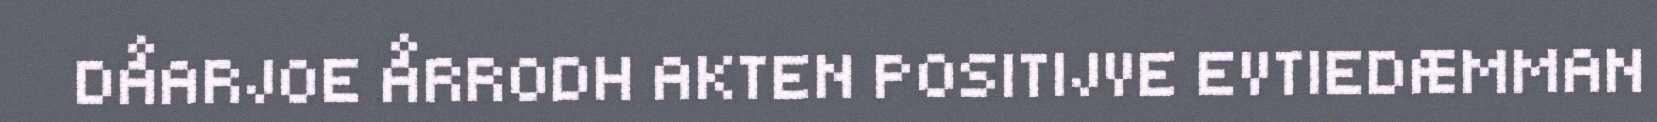
DÅARJOE ÅRRODH AKTEN POSITIJVE EVTIEDÆMMAN